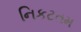
નિકટતમ